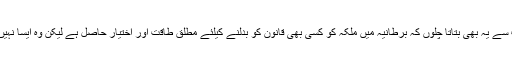
اسى مناسبت سے یہ بهى بتاتا چلوں کہ برطانیہ میں ملکہ کو کسى بهى قانون کو بدلنے کیلئے مطلق طاقت اور اختیار حاصل ہے لیکن وه ایسا نہیں کرتى ہیں ۔